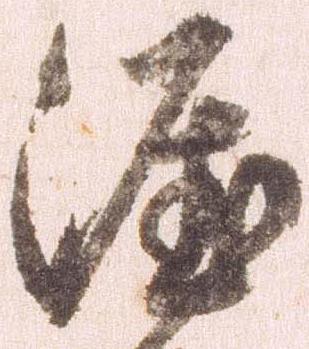
涯